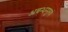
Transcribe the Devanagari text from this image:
अबन्धन्पुरुषं